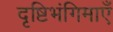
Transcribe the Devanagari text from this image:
दृष्टिभंगिमाएँ